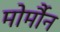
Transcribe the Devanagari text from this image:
मोर्मौन